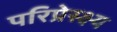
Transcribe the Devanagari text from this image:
परिप्रेस्क्ष्य